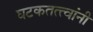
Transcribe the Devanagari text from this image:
घटकतत्त्वांनी